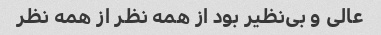
عالی و بی‌نظیر بود از همه نظر از همه نظر